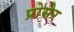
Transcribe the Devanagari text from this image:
प्रोसेर